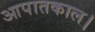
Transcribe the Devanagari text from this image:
आपातकाल।